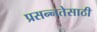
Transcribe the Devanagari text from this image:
प्रसन्नतेसाठी